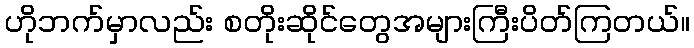
ဟိုဘက်မှာလည်း စတိုးဆိုင်တွေအများကြီးပိတ်ကြတယ်။